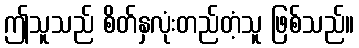
ဤသူသည် စိတ်နှလုံးတည်တံ့သူ ဖြစ်သည်။